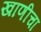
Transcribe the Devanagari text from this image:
खाणीचा